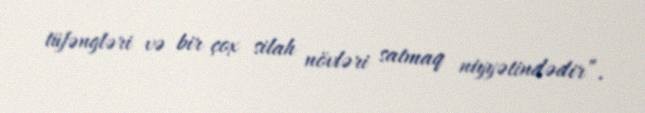
tüfəngləri və bir çox silah növləri satmaq niyyətindədir”.